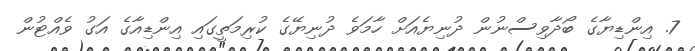
7. އިންޑިޔާގެ ބޯދާވިސްނުން ދުނިޔެއަށް ހާމަވެ ދުނިޔޭގެ ކުރިމަތީގައި އިންޑިއާގެ އަގު ވެއްޓުން